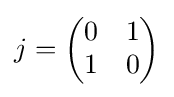
j={\begin{pmatrix}0&1\\1&0\end{pmatrix}}